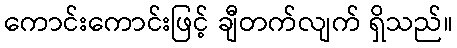
ကောင်းကောင်းဖြင့် ချီတက်လျက် ရှိသည်။